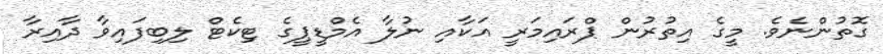
ގޮތުންނެވެ. މީގެ އިތުރުން ޕްރައިމަރީ އަކާއި ނުލާ އެމްޑީޕީގެ ޓިކެޓް ލިބިފައިވާ ދާއިރާ